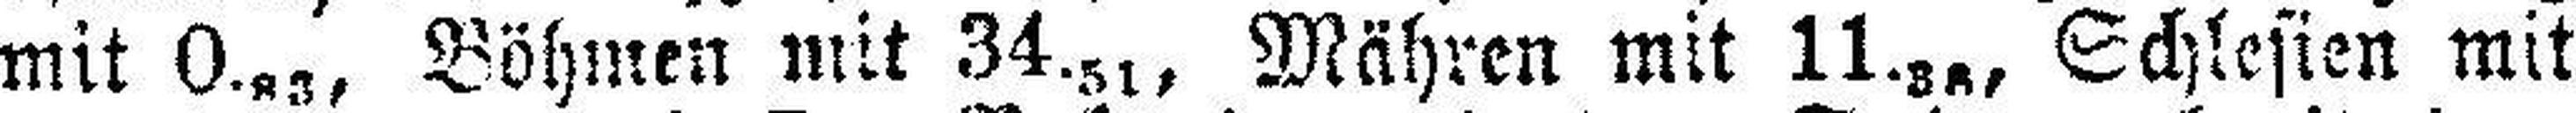
mit 0.83, Böhmen mit 34.51, Mähren mit 11.38, Schlesien mit